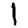
Digit: 1